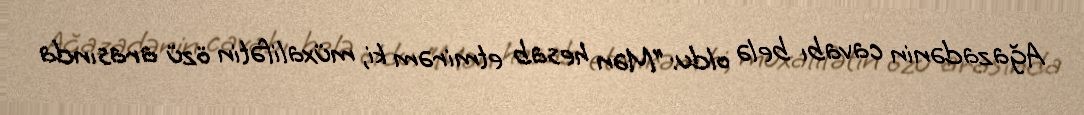
Ağazadənin cavabı belə oldu: “Mən hesab etmirəm ki, müxalifətin özü arasında